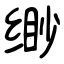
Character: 缈